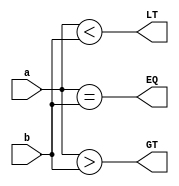
`timescale 1ns / 1ps

module comparator_4bit_bh(
  output reg EQ,
  output reg GT,
  output reg LT,
  input [3:0] a,
  input [3:0] b
);

  always @(*) begin
    LT = (a < b);
    EQ = (a == b);
    GT = (a > b);
  end
  
endmodule